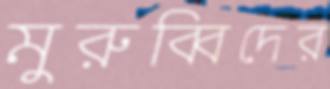
মুরুব্বিদের